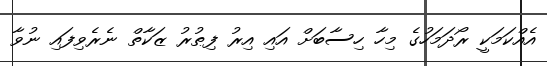
އެއްކަމަކީ ރޯދަމަހުގެ މިހާ ހިސާބަށް އައި އިރު ފިޠުރު ޒަކާތް ނެރެވިފައި ނުވާ